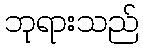
ဘုရားသည်